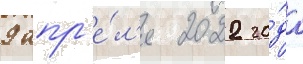
9 апр'е́л'я 2022 го́да